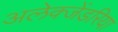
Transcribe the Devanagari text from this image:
अलेक्जेंडरिया